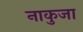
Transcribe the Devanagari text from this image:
नाकुजा